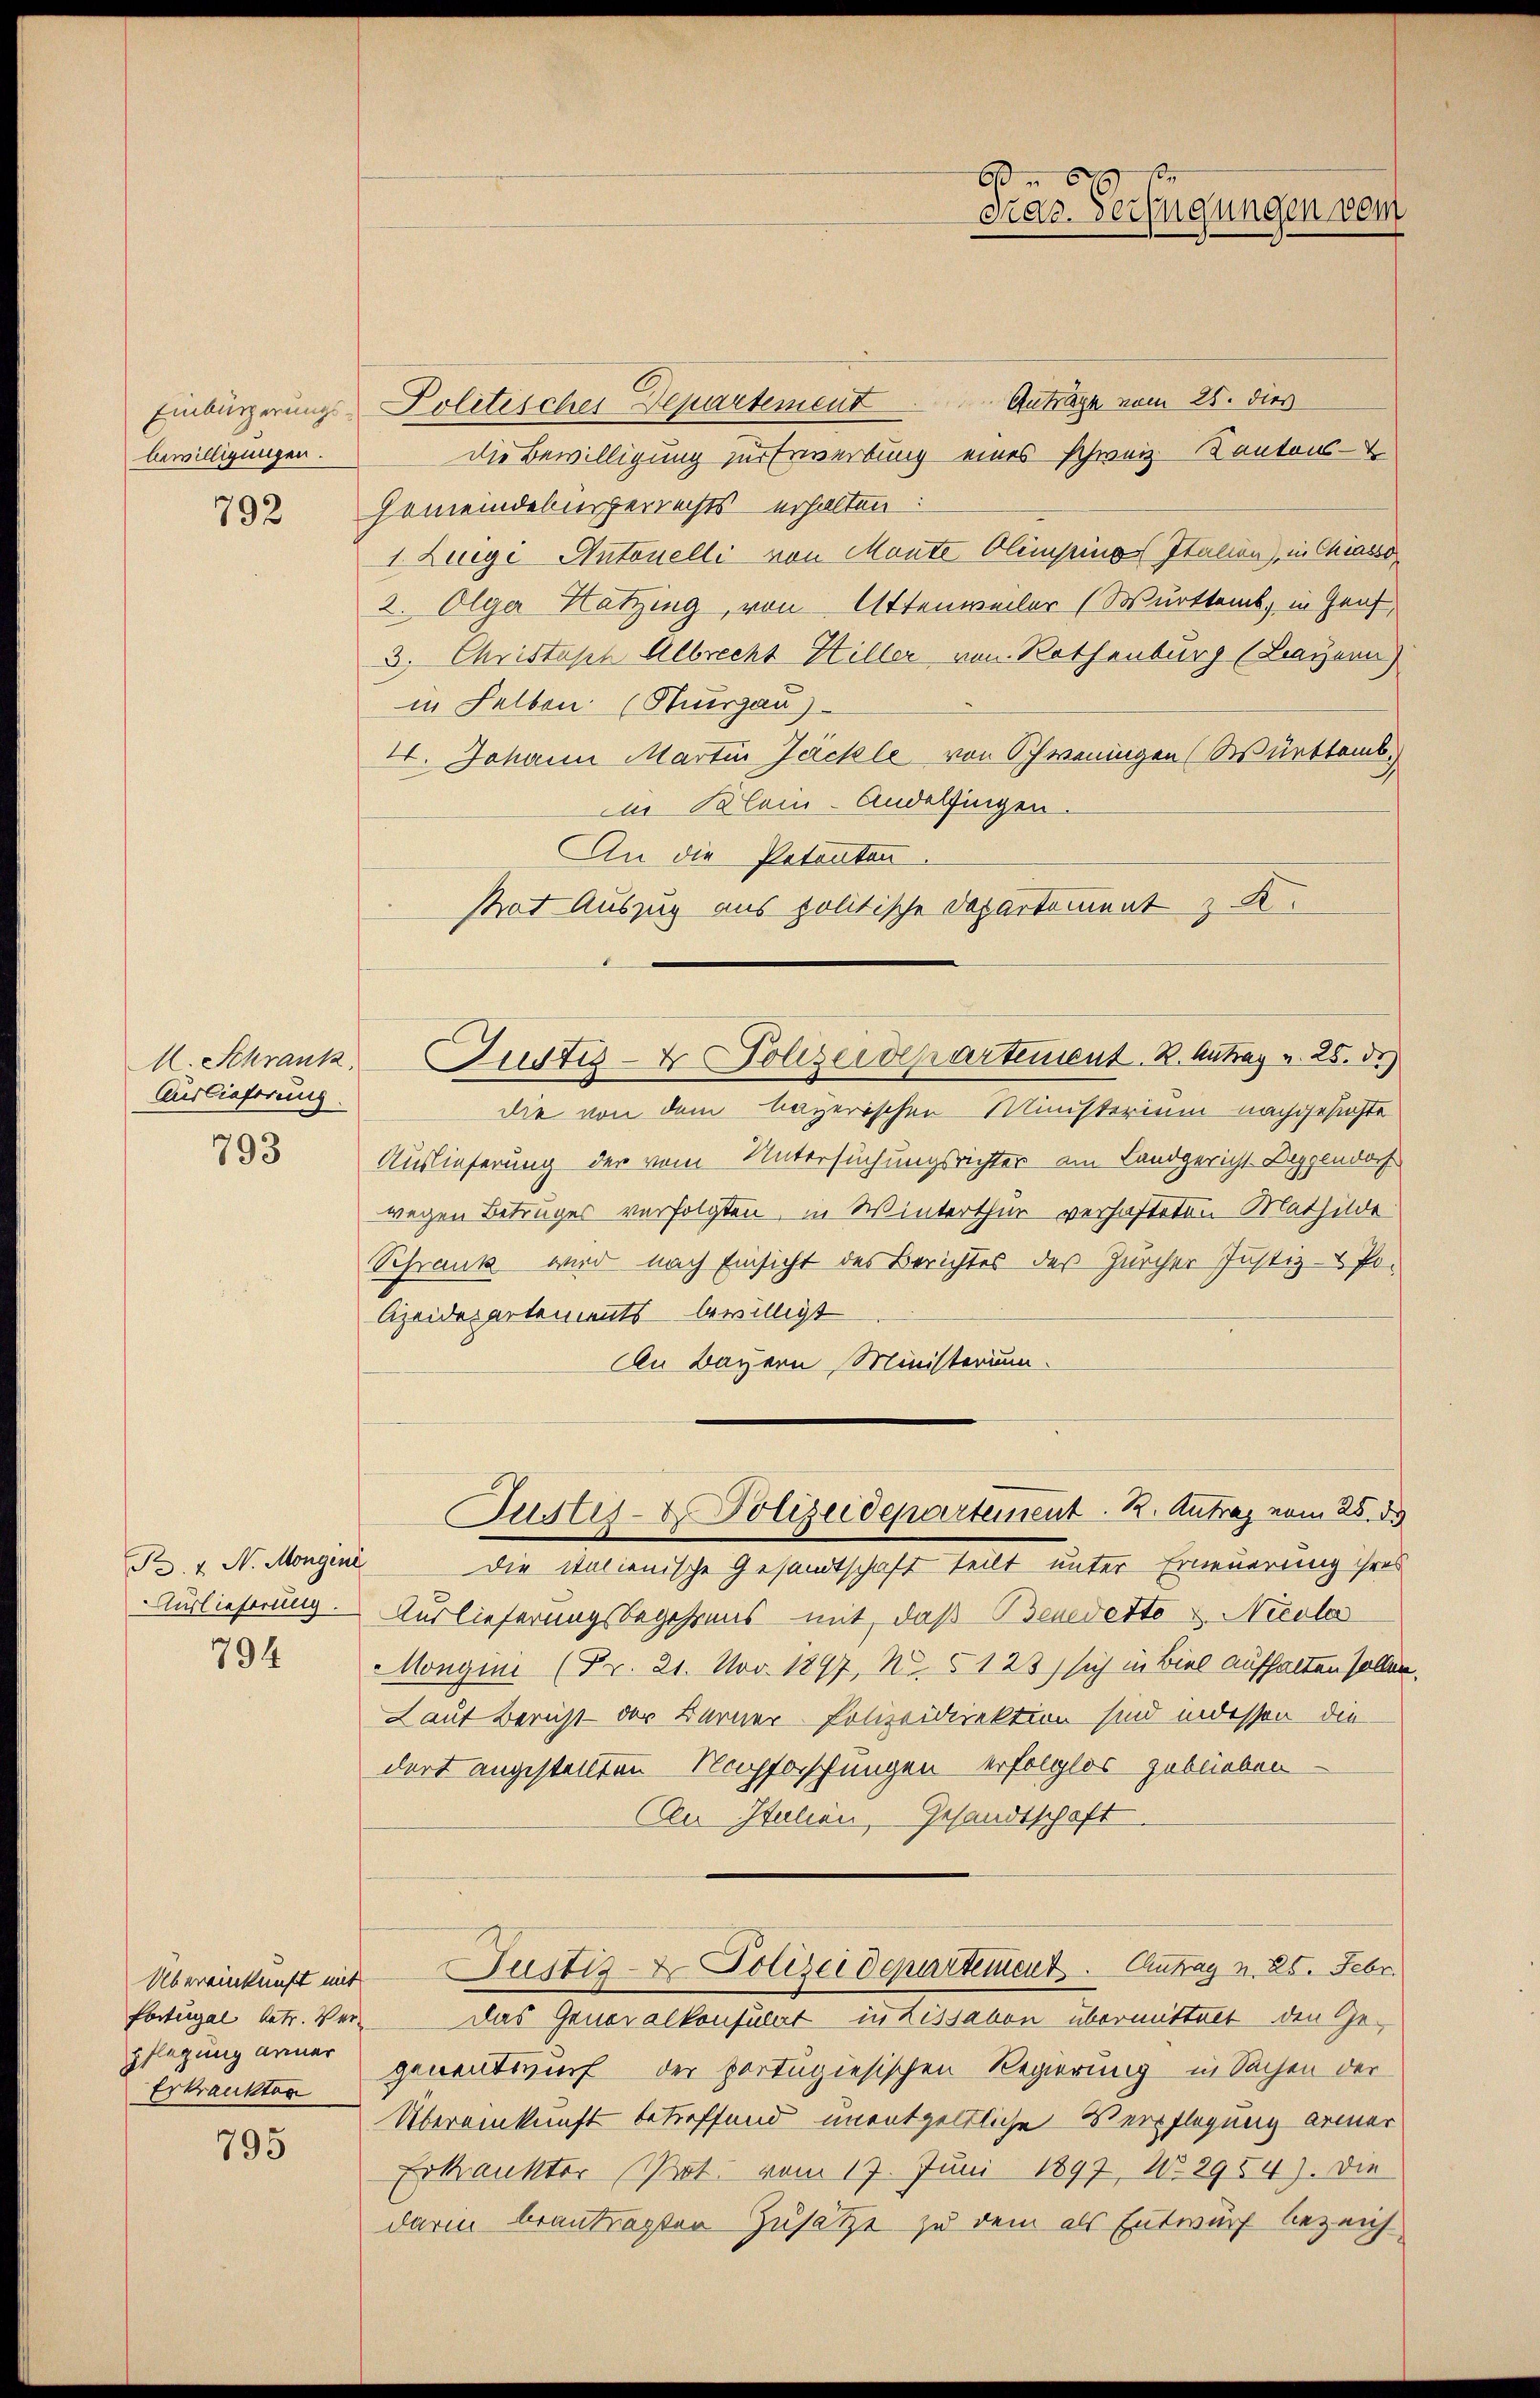
bewilligungen.

792

Auslieferung.

793

Auslieferung.

794

Fortugal betr. Verpflegung anner
Erkrankten

795

Einbürgerung Politisches Departement Antrage vom 25. dies
die Bewilligung zur Erwerbung eines Schweiz. Kantons-
Gemeindebürgerrechts erhalten:
1. Luigi Antonelli von Mante Olempinos Italien), in Chiasso
2. Olga Hatzing, von Attenweiler (Württemb. in Graf,
3. Christoph Albrecht Hiller von Rothenburg (Bayern)
in Selben (Thurgau)
I. Johann Martin Jäckle von Schweningen (Württemb.
iin Klein-Andelfingen.
An die Petenten.
Rat Auszug aus politische Departement z. K.
die von dem bayerischen Ministerium nachgesuchte
Auslieferung der vom Untersuchungsrichter am Landgericht Deggendorf
wegen Betruges verfolgten, in Winterthur verhafteten Mathilde
Schrank wird nach Einsicht des Berichtes des Zürcher Justiz- & Po¬
Czeidepartements bewilligt
An Bayern, Ministerium
Justiz- & Polizeidepartement. R. Antrag vom 25. ds
Pr. v. N. Morgini die italienische Gesandtschaft teilt unter Erneuerung ihres
Auslieferungsbegehrens mit, daß Benedetto u. Nicola
Mongini (Fr. 21. Nov. 1897, No. 5123) sich in Biel aufhalten sollen.
Laut Bericht der Berner Polizeidirektion sind indessen die
dort angestellten Nachforschungen erfolglos zu blieben
An Italien, Gesandtschaft
Übereinkunft mit Justiz- & Polizeidepartement. Antrag v. 25. Febr.
Das Generalkonsulat in Lissabon übermittelt den Gegenentwurf der portugiesischen Regierung in Sachen der
Übereinkunft betreffend unentgeltliche Verpflegung armer
Erkrankter Prot. vom 17. Juni 1897, No. 2954). Die
darin beantragten Zusätze zu dem als Entwurf bezeich

M. Schrank. Justiz- & Polizeidepartement. B. Antrag v. 25. d.

8
Pras. Verfügungen vom